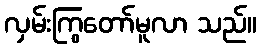
လှမ်းကြွတော်မူလာ သည်။